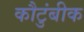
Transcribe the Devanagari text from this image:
कौटुंबीक